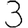
Digit: 3